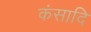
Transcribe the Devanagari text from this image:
कंसादि